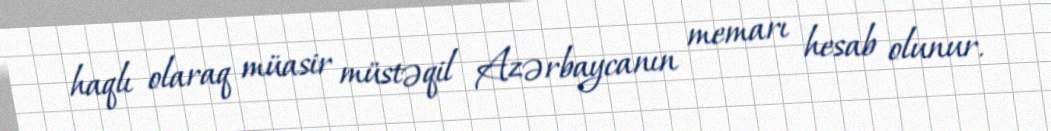
haqlı olaraq müasir müstəqil Azərbaycanın memarı hesab olunur.